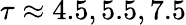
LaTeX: \tau\approx 4.5,5.5,7.5